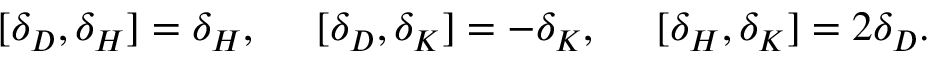
[ \delta _ { D } , \delta _ { H } ] = \delta _ { H } , \ \ \ \ [ \delta _ { D } , \delta _ { K } ] = - \delta _ { K } , \ \ \ \ [ \delta _ { H } , \delta _ { K } ] = 2 \delta _ { D } .